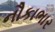
નૌકાભાર